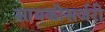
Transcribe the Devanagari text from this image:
सायकोसर्जरी